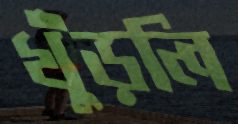
খুঁড়লি